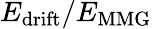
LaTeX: E_{\mathrm{drift}}/E_{\mathrm{MMG}}